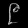
Digit: ၉